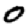
Digit: 0